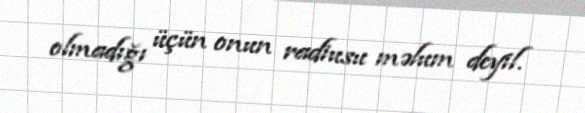
olmadığı üçün onun radiusu məlum deyil.